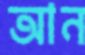
আন